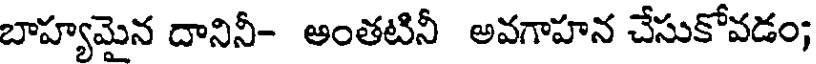
బాహ్యమైన దానినీ- అంతటినీ అవగాహన చేసుకోవడం;